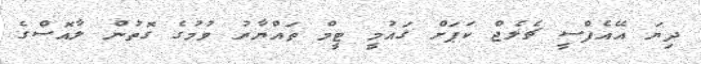
ދިޔަ އޭއެފްސީ ޗެލެޖް ކަޕަށް ގައުމީ ޓީމް ތައްޔާރު ވުމުގެ ގޮތުން ލާއޮސްގެ